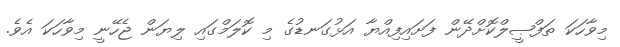
މިވާހަކަ ތަފްޞީލްކޮށްދޭން ފަށައިފިއްޔާ އަޅުގަނޑުގެ މި ކޮލަމްގައި ލިޔަން ޖެހޭނީ މިވާހަކަ އެވެ.